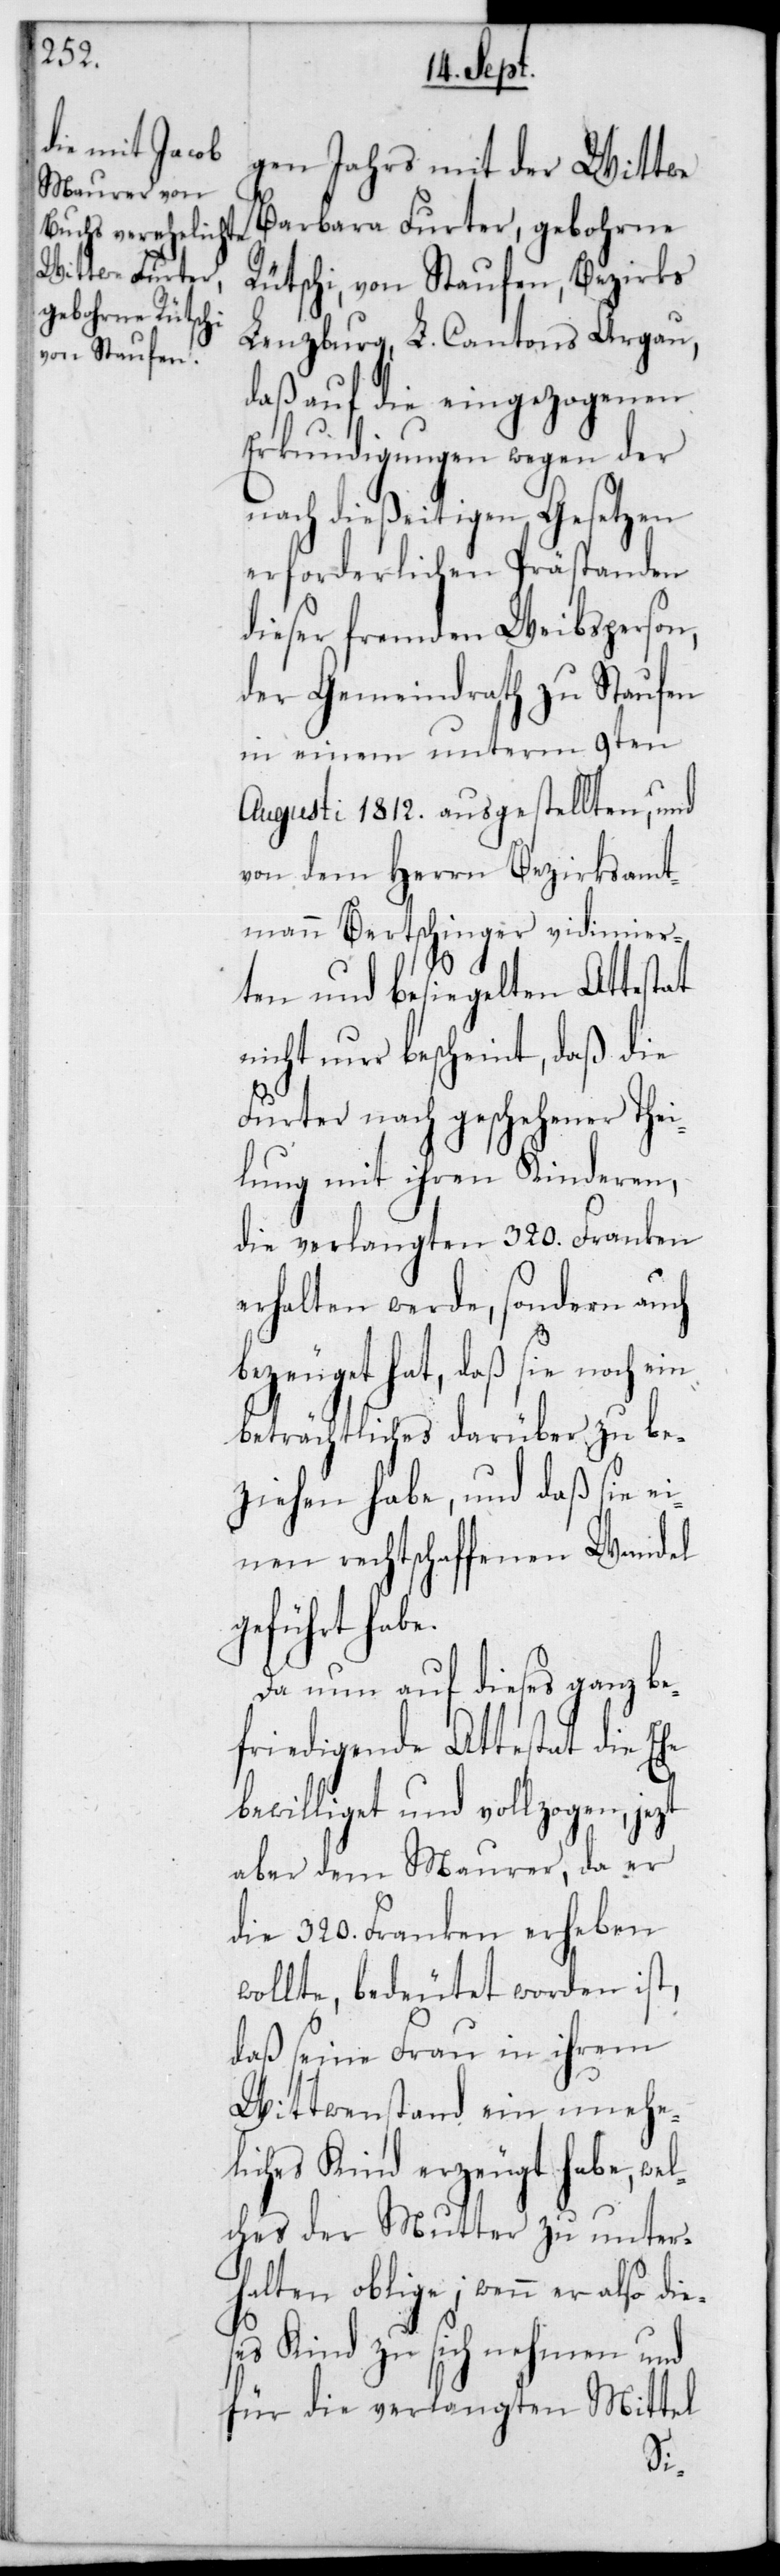
gen Jahrs mit der Wittwe
Brabara Furter, gebohrne
Rütschi, von Staufen, Bezirks
Lenzburg, L. Cantons Argau,
daß auf die eingezogenen
Erkundigungen wegen der
nach dießeitigen Gesetzen
erforderlichen Prästanden
dieser fremden Weibsperson,
der Gemeindrath zu Staufen
in einem unterm 9ten
Augusti 1812 ausgestellten, und
von dem Herrn Bezirksammt¬
mann Bertschinger vidimier¬
ten und besiegelten Attestat
nicht nur bescheint, daß die
Furter nach geschehener Thei¬
lung mit ihren Kinderen,
die verlangten 320 Franken
erhalten werde, sondern auch
bezeuget hat, daß sie noch ein
Beträchtliches darüber zu be¬
ziehen habe, und daß sie ei¬
nen rechtschaffenen Wandel
geführt habe.
Da nun auf dieses ganz be¬
friedigende Attestat die Ehe
bewilliget und vollzogen, jezt
aber dem Maurer, da er
die 320 Franken erheben
wollte, bedeutet worden ist,
daß seine Frau in ihrem
Wittwenstand ein unehe¬
liches Kind erzeugt habe, wel¬
ches der Mutter zu unter¬
halten oblige; wenn er also die¬
ses Kind zu sich nehmen und
für die verlangten Mittel